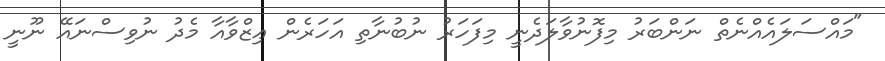
"މައްސަލައެއްނެތް ނަންބަރު މިފޮނުވާލަދެނީ މިފަހަރު ނުބުނާތި އަހަރެން ޢިޒްވާއާ މެދު ނުވިސްނައޭ ނޫނީ